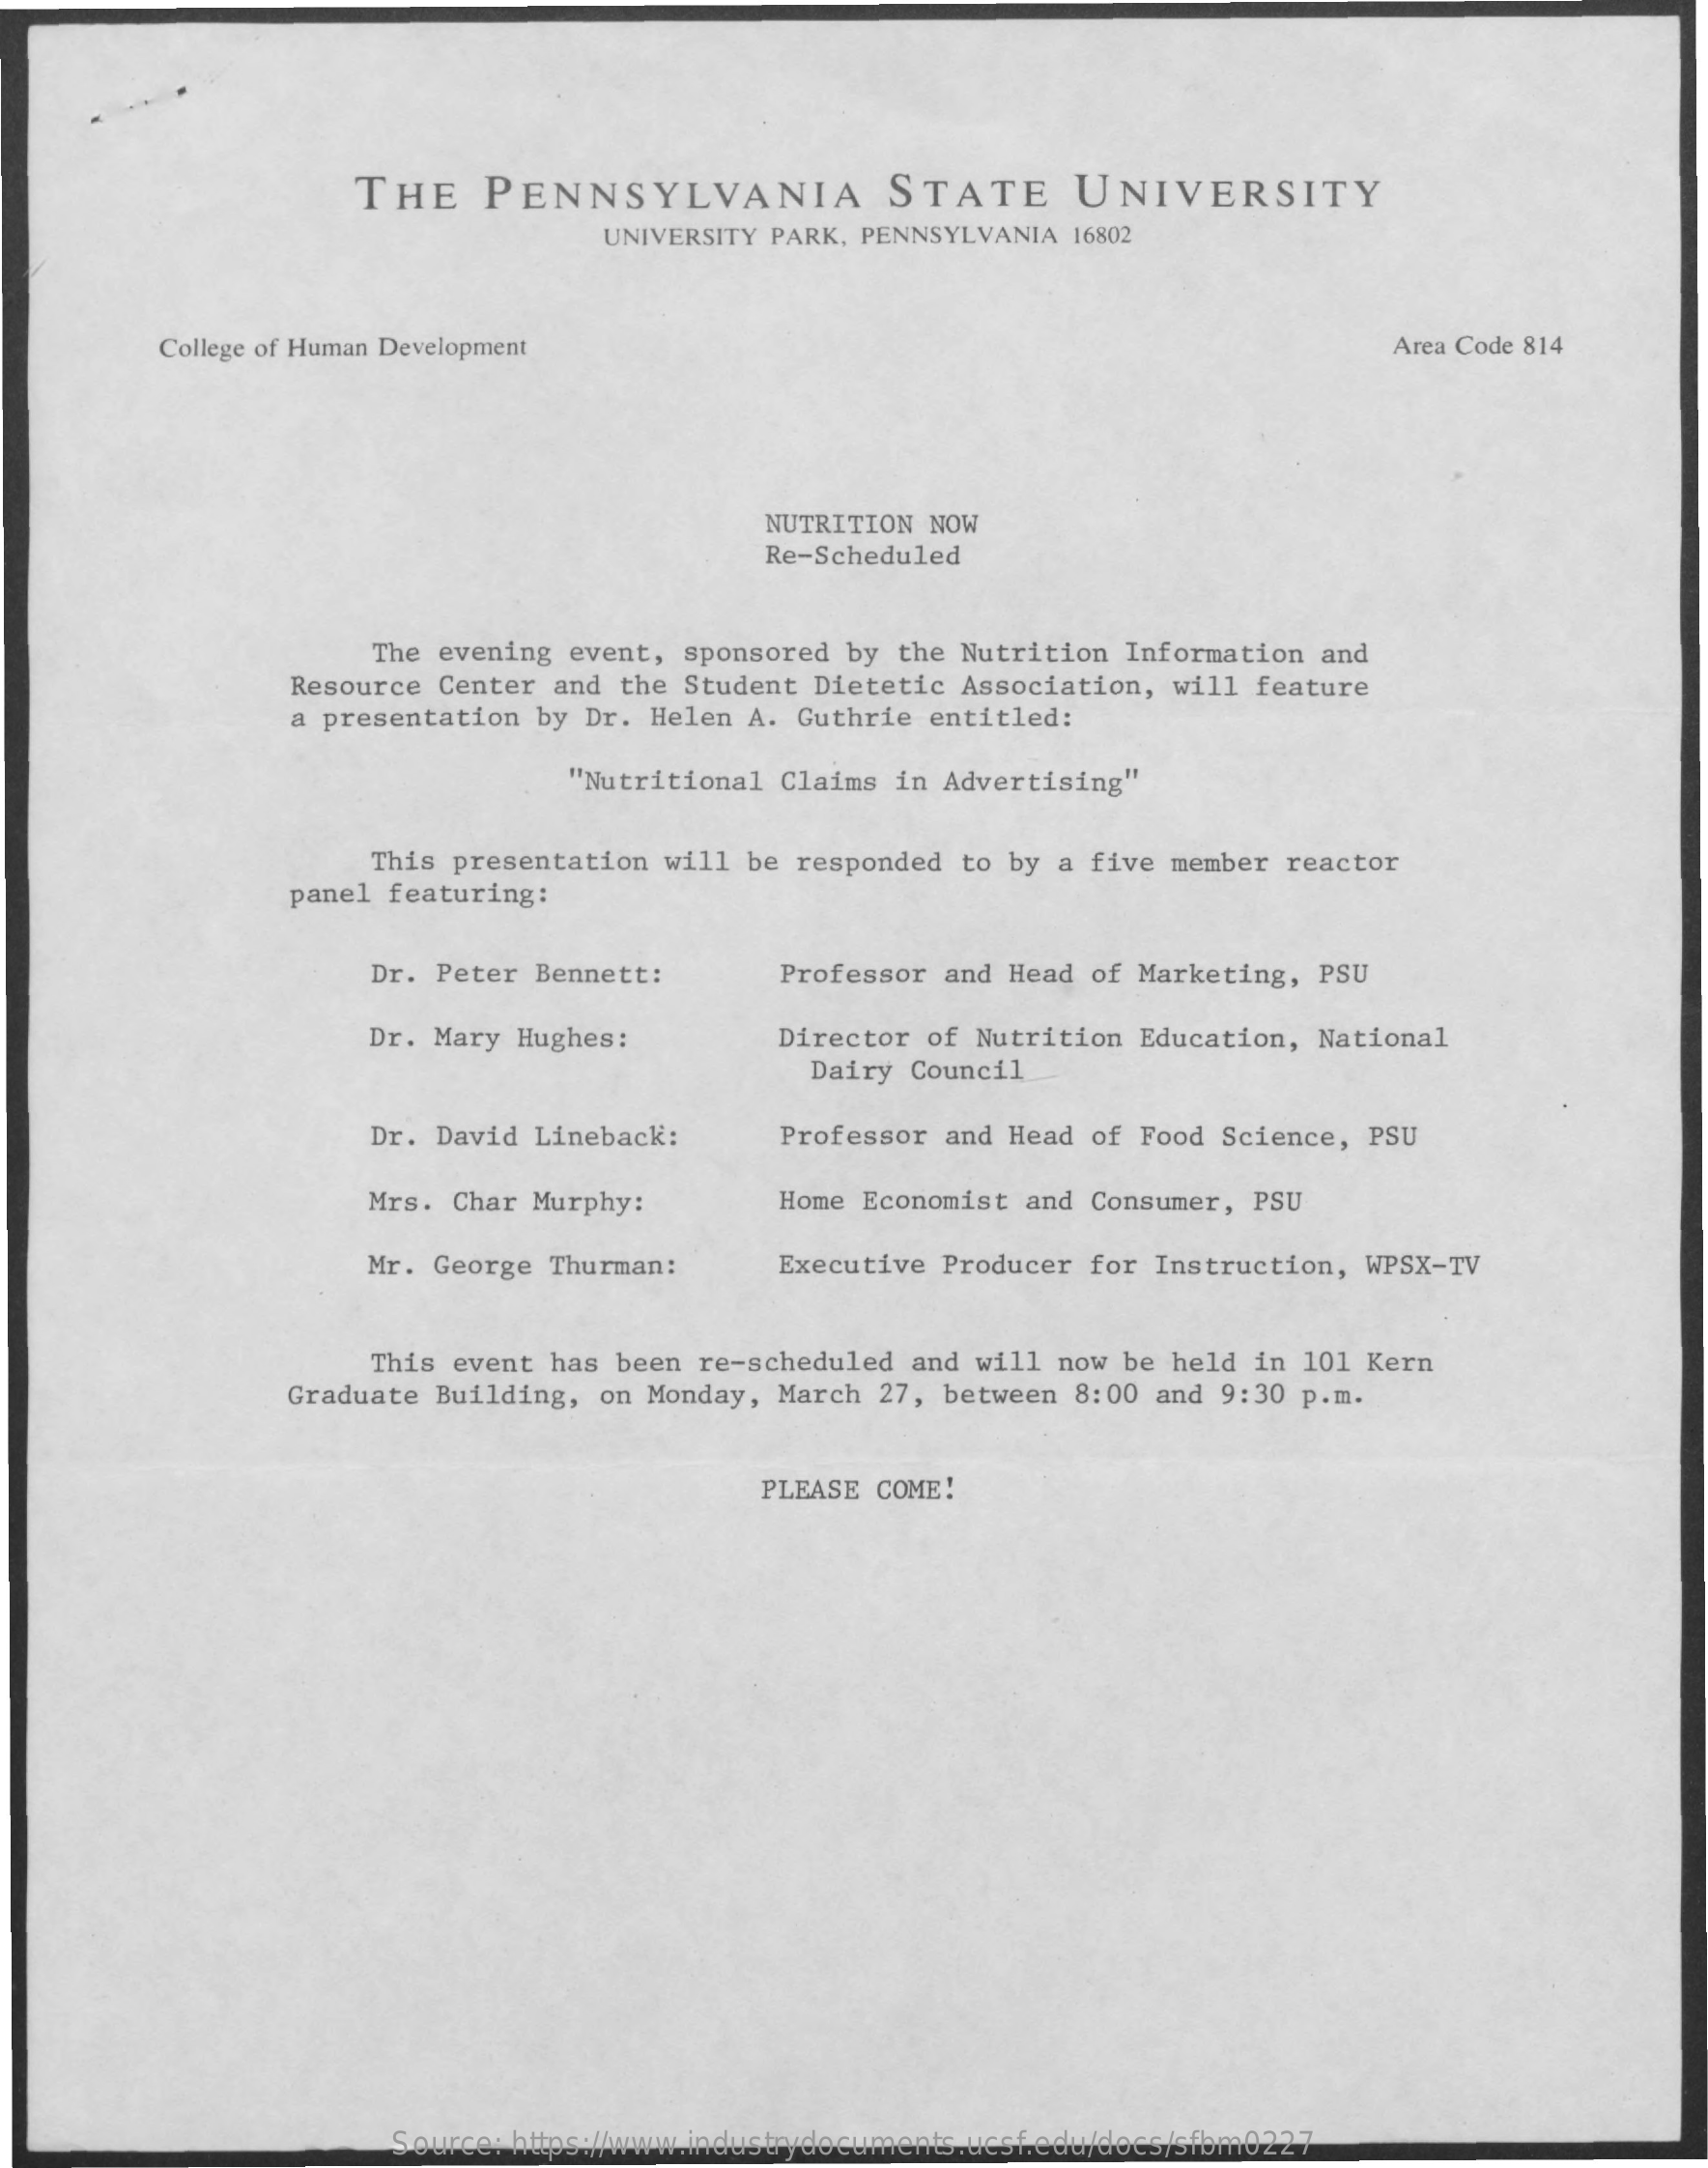
THE    PENNSYLVANIA    STATE    UNIVERSITY
     UNIVERSITY PARK, PENNSYLVANIA 16802
     College of Human Development    Area Code 814
     NUTRITION NOW
     Re-Scheduled
     The evening  event, sponsored by  the Nutrition Information  and
     Resource Center  and the Student Dietetic  Association, will  feature
     a presentation by  Dr. Helen A. Guthrie  entitled:
     "Nutritional Claims in Advertising"
     panel featuring:
     This presentation  will be responded  to by a five member  reactor
     Dr. Peter Bennett:    Professor and  Head of Marketing,  PSU
     Dr. Mary Hughes:    Director of  Nutrition Education,  National
     Dairy Council
     Dr. David Lineback:    Professor and  Head of Food Science,  PSU
     Mrs. Char Murphy:    Home Economist  and Consumer, PSU
     Mr. George Thurman:    Executive Producer  for Instruction, WPSX-TV
     This event has been  re-scheduled and will  now be held in  101 Kern
     Graduate Building, on Monday,  March 27, between  8:00 and 9:30 p.m.
     PLEASE COME!
     Source: https://www.industrydocuments.ucsf.edu/docs/sfbm0227